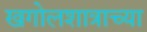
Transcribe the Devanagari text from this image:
खगोलशात्राच्या